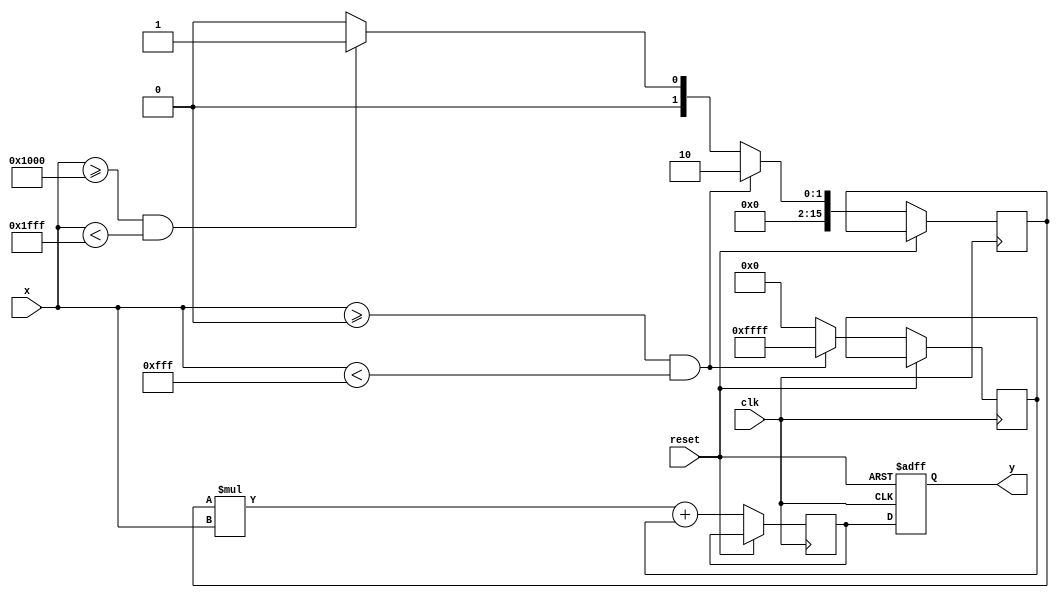
module reciprocal_approximation (
    input wire [15:0] x,            // Input value (fixed-point representation)
    input wire clk,                 // Clock signal
    input wire reset,               // Reset signal
    output reg [15:0] y             // Output value (approximation of 1/x)
);

    // Define breakpoints for segment selection
    parameter SEGMENT1_LOW  = 16'h0000; // Lower bound of segment 1
    parameter SEGMENT1_HIGH = 16'h0FFF; // Upper bound of segment 1

    parameter SEGMENT2_LOW  = 16'h1000; // Lower bound of segment 2
    parameter SEGMENT2_HIGH = 16'h1FFF; // Upper bound of segment 2

    // Coefficients for linear approximations (should be determined)
    // For example purposes, let's use:
    // Segment 1: m1 = 2 (slope), b1 = -1 (intercept)
    // Segment 2: m2 = 0.5 (slope), b2 = 0 (intercept)
    localparam [15:0] m1 = 16'h0002; // slope for segment 1
    localparam [15:0] b1 = 16'hFFFF; // intercept for segment 1 (adjusted for fixed-point)
    localparam [15:0] m2 = 16'h0001; // slope for segment 2
    localparam [15:0] b2 = 16'h0000; // intercept for segment 2

    reg [15:0] selected_m;
    reg [15:0] selected_b;
    reg [15:0] temp_y;
    
    always @(posedge clk or posedge reset) begin
        if (reset) begin
            y <= 16'b0;
        end else begin
            // Segment selection
            if (x >= SEGMENT1_LOW && x < SEGMENT1_HIGH) begin
                selected_m <= m1;
                selected_b <= b1;
            end else if (x >= SEGMENT2_LOW && x < SEGMENT2_HIGH) begin
                selected_m <= m2;
                selected_b <= b2;
            end else begin
                // Default case (out of range or error)
                selected_m <= 16'h0000;
                selected_b <= 16'h0000;
            end
            
            // Compute approximate reciprocal
            // f(x)  m * x + b
            temp_y <= (selected_m * x) + selected_b; // Using fixed-point multiply
            y <= temp_y;
        end
    end
    
endmodule